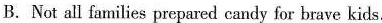
B.Not all families prepared candy for brave kids.